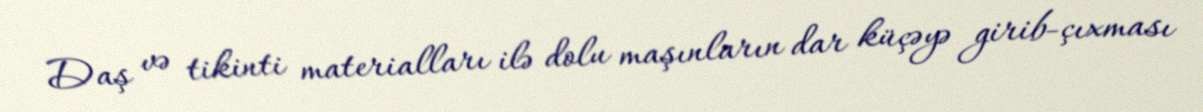
Daş və tikinti materialları ilə dolu maşınların dar küçəyə girib-çıxması